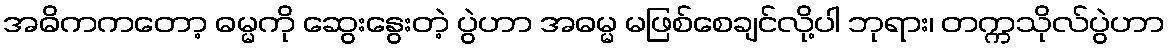
အဓိကကတော့ ဓမ္မကို ဆွေးနွေးတဲ့ ပွဲဟာ အဓမ္မ မဖြစ်စေချင်လို့ပါ ဘုရား၊ တက္ကသိုလ်ပွဲဟာ